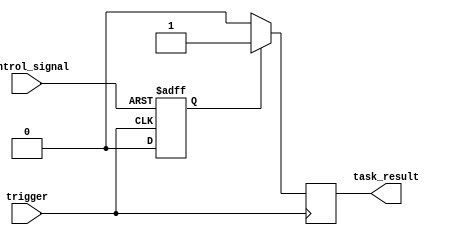
module generate_task_block (
    input trigger,
    input control_signal,
    output task_result
);

reg task_state;

always @ (posedge trigger or posedge control_signal)
begin
    if (control_signal)
    begin
        // Logic to generate tasks based on control signal
        task_state <= 1;
    end
    else
    begin
        // Logic to perform tasks
        task_state <= 0;
    end
end

always @ (posedge trigger)
begin
    if (task_state)
    begin
        // Perform task based on trigger signal
        task_result <= 1;
    end
    else
    begin
        task_result <= 0;
    end
end

endmodule